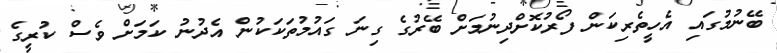
ބޭނުމުގައި އެހީތެރިކަން ފޯރުކޮށްދިނުމަށް ބޭރުގެ ގިނަ ގައުމުތަކަކުން އެދުނު ކަމަށް ވެސް ކުރީގެ